Lunatic asylums Punjab 1895-1910 - 1895-1910
Year: 1895
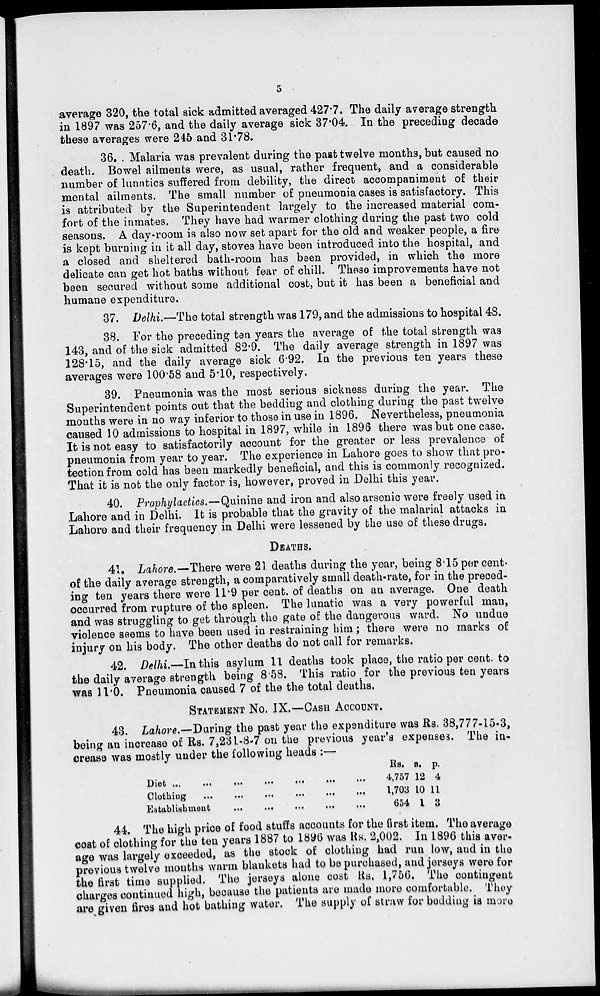
5
average 320, the total sick admitted averaged 427.7. The daily average strength
in 1897 was 257.6, and the daily average sick 37.04. In the preceding decade
these averages were 245 and 31.78.
36. . Malaria was prevalent during the past twelve months, but caused no
death. Bowel ailments were, as usual, rather frequent, and a considerable
number of lunatics suffered from debility, the direct accompaniment of their
mental ailments. The small number of pneumonia cases is satisfactory. This
is attributed by the Superintendent largely to the increased material com-
fort of the inmates. They have had warmer clothing during the past two cold
seasons. A day-room is also now set apart for the old and weaker people, a fire
is kept burning in it all day, stoves have been introduced into the hospital, and
a closed and sheltered bath-room has been provided, in which the more
delicate can get hot baths without fear of chill. These improvements have not
been secured without some additional cost, but it has been a beneficial and
humane expenditure.
37. Delhi.—The total strength was 179, and the admissions to hospital 48.
38. For the preceding ten years the average of the total strength was
143, and of the sick admitted 82.9. The daily average strength in 1897 was
128.15, and the daily average sick 6.92. In the previous ten years these
averages were 100.58 and 5.10, respectively.
39. Pneumonia was the most serious sickness during the year. The
Superintendent points out that the bedding and clothing during the past twelve
months were in no way inferior to those in use in 1896. Nevertheless, pneumonia
caused 10 admissions to hospital in 1897, while in 1896 there was but one case.
It is not easy to satisfactorily account for the greater or less prevalence of
pneumonia from year to year. The experience in Lahore goes to show that pro-
tection from cold has been markedly beneficial, and this is commonly recognized.
That it is not the only factor is, however, proved in Delhi this year.
40. Prophylactics.—Quinine and iron and also arsenic were freely used in
Lahore and in Delhi. It is probable that the gravity of the malarial attacks in
Lahore and their frequency in Delhi were lessened by the use of these drugs.
DEATHS.
41. Lahore.— There were 21 deaths during the year, being 8.15 per cent.
of the daily average strength, a comparatively small death-rate, for in the preced-
ing ten years there were 11.9 per cent. of deaths on an average. One death
occurred from rupture of the spleen. The lunatic was a very powerful man,
and was struggling to get through the gate of the dangerous ward. No undue
violence seems to have been used in restraining him; there were no marks of
injury on his body. The other deaths do not call for remarks.
42. Delhi.—In this asylum 11 deaths took place, the ratio per cent. to
the daily average strength being 8.58. This ratio for the previous ten years
was 11.0. Pneumonia caused 7 of the the total deaths.
STATEMENT No. IX.—CASH ACCOUNT.
43. Lahore.—During the past year the expenditure was Rs. 38,777-15-3,
being an increase of Rs. 7,231-8-7 on the previous year's expenses. The in-
crease was mostly under the following heads :—
Diet ...
...
...
...
...
...
...
Clothing
...
...
...
...
...
...
Eatablishment ... ... ... ... ... ... ...
Rs.
4,757
1,703
654
a.
12
10
1
p.
4
11
3
44. The high price of food stuffs accounts for the first item. The average
cost of clothing for the ten years 1887 to 1896 was Rs. 2,002. In 1896 this aver-
age was largely exceeded, as the stock of clothing had run low, and in the
previous twelve months warm blankets had to be purchased, and jerseys were for
the first time supplied. The jerseys alone cost Rs. 1,756. The contingent
charges continued high, because the patients are made more comfortable. They
are given fires and hot bathing water. The supply of straw for bedding is more